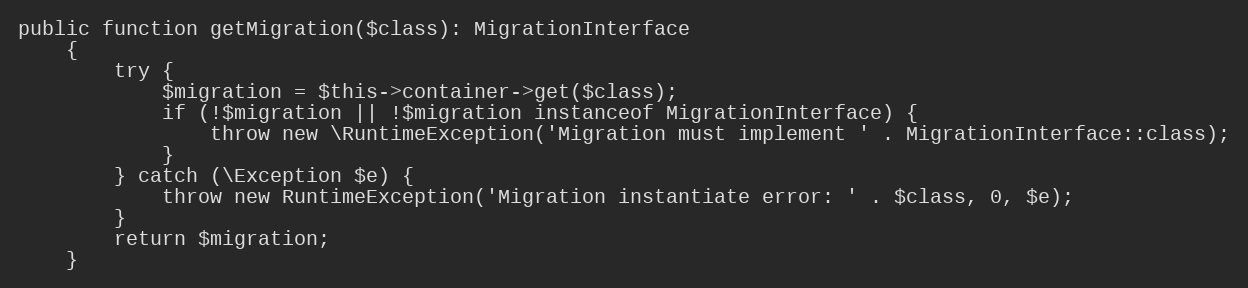
Language: PHP
public function getMigration($class): MigrationInterface
    {
        try {
            $migration = $this->container->get($class);
            if (!$migration || !$migration instanceof MigrationInterface) {
                throw new \RuntimeException('Migration must implement ' . MigrationInterface::class);
            }
        } catch (\Exception $e) {
            throw new RuntimeException('Migration instantiate error: ' . $class, 0, $e);
        }
        return $migration;
    }